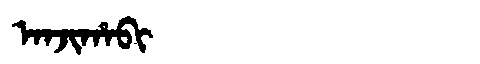
Manchu: ᠠᠨᠵᡳᡥᠠᠪᡳ
Romanization: ANJIHABI